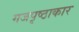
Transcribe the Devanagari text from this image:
गजपृष्ठाकार